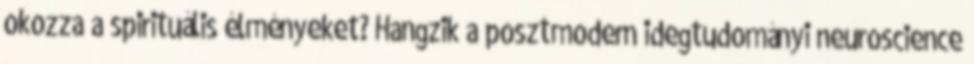
okozza a spirituális élményeket? Hangzik a posztmodern idegtudományi neuroscience